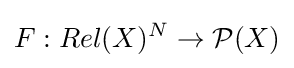
F:{Rel}(X)^{N}\rightarrow {\mathcal {P}}(X)